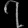
Digit: ၇